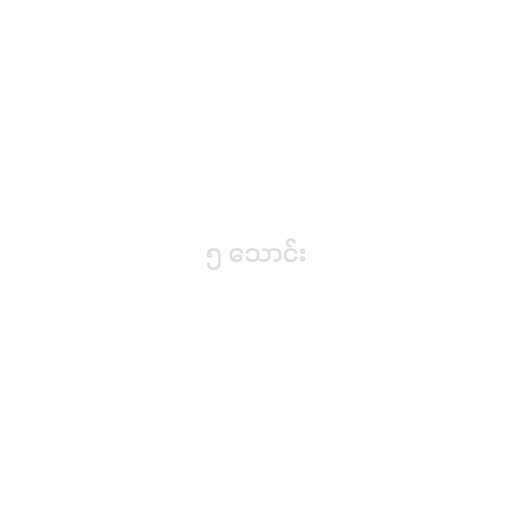
၅ သောင်း